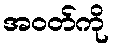
အဝတ်ကို